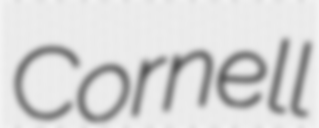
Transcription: Cornell